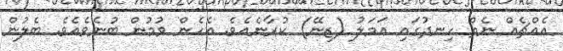
އެއްޗެއް ނެތް ހިނދުގައި ޢަމަލު (ޒިނޭ) ކުރާނެއެވެ. އެހެން ވުމުން ބުނެވެއެވެ. ބެލުން